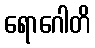
ရောဂေါတိ